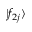
| f _ { 2 j } \rangle